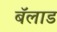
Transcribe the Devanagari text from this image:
बॅलाड